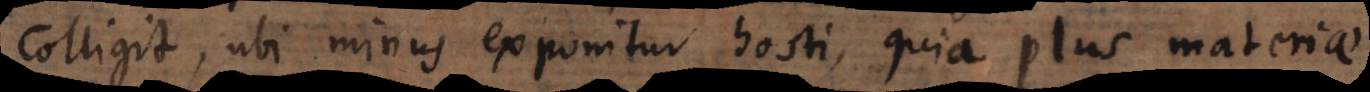
colligit, ubi minus exponitur hosti, quia plus materiae